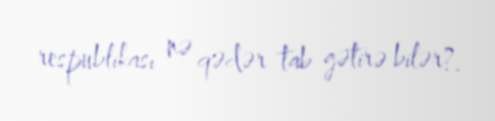
respublikası nə qədər tab gətirə bilər?.